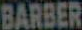
BARBER